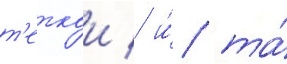
т'еткои / и́ та́